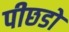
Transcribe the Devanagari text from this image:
पीछडो